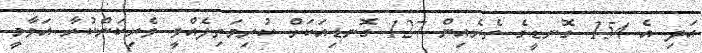
އަދި އެ 154 ގޮނޑީގެ ތެރެއިން 127 ގޮނޑިއަކަށް ކުރިމަތިލެއްވީ ވެރިކަންކުރާ އަވާމީ